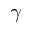
\gamma